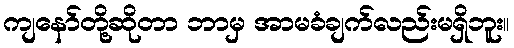
ကျနော်တို့ဆိုတာ ဘာမှ အာမခံချက်လည်းမရှိဘူး။